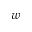
w